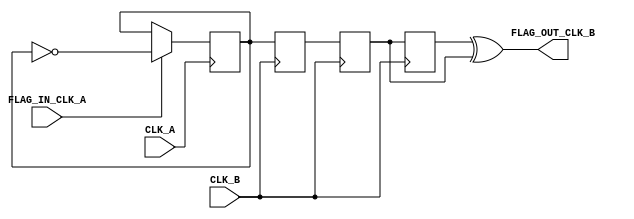
module flag_domain_crossing(
    input wire      CLK_A,
    input wire      CLK_B,
    input wire      FLAG_IN_CLK_A,
    output wire     FLAG_OUT_CLK_B
);


reg FLAG_TOGGLE_CLK_A;
initial FLAG_TOGGLE_CLK_A = 0;
always @(posedge CLK_A)
begin
    if (FLAG_IN_CLK_A)
    begin
        FLAG_TOGGLE_CLK_A <= ~FLAG_TOGGLE_CLK_A;
    end
end

(* ASYNC_REG = "TRUE" *) reg flag_out_d_ff_1;
(* ASYNC_REG = "TRUE" *) reg flag_out_d_ff_2;
reg flag_out_d_ff_3;

always @(posedge CLK_B) // first stage
begin
    flag_out_d_ff_1 <= FLAG_TOGGLE_CLK_A;
end

always @(posedge CLK_B) // second stage
begin
    flag_out_d_ff_2 <= flag_out_d_ff_1;
end

always @(posedge CLK_B)
begin
    flag_out_d_ff_3 <= flag_out_d_ff_2;
end

assign FLAG_OUT_CLK_B = (flag_out_d_ff_3 ^ flag_out_d_ff_2); // XOR

endmodule